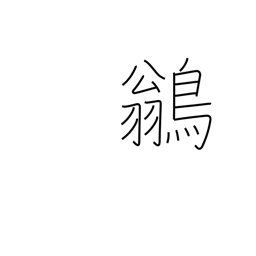
Meaning: peewee